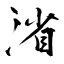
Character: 渻